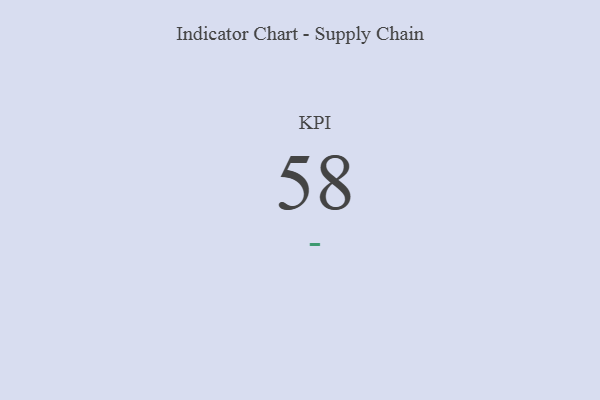
{"axis": {"x": "KPI", "y": "Value"}, "legend": [""], "data": [{"x": "KPI", "y": 58, "type": ""}]}